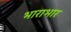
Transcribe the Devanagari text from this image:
भाराभार